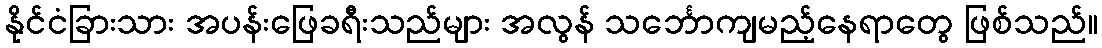
နိုင်ငံခြားသား အပန်းဖြေခရီးသည်များ အလွန် သင်္ဘောကျမည့်နေရာတွေ ဖြစ်သည်။